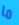
ما